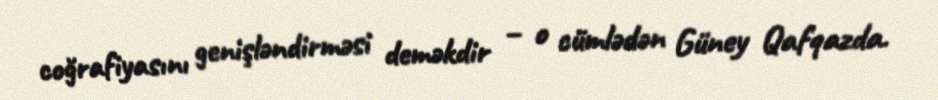
coğrafiyasını genişləndirməsi deməkdir – o cümlədən Güney Qafqazda.